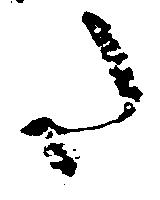
た